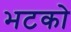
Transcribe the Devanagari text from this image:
भटको